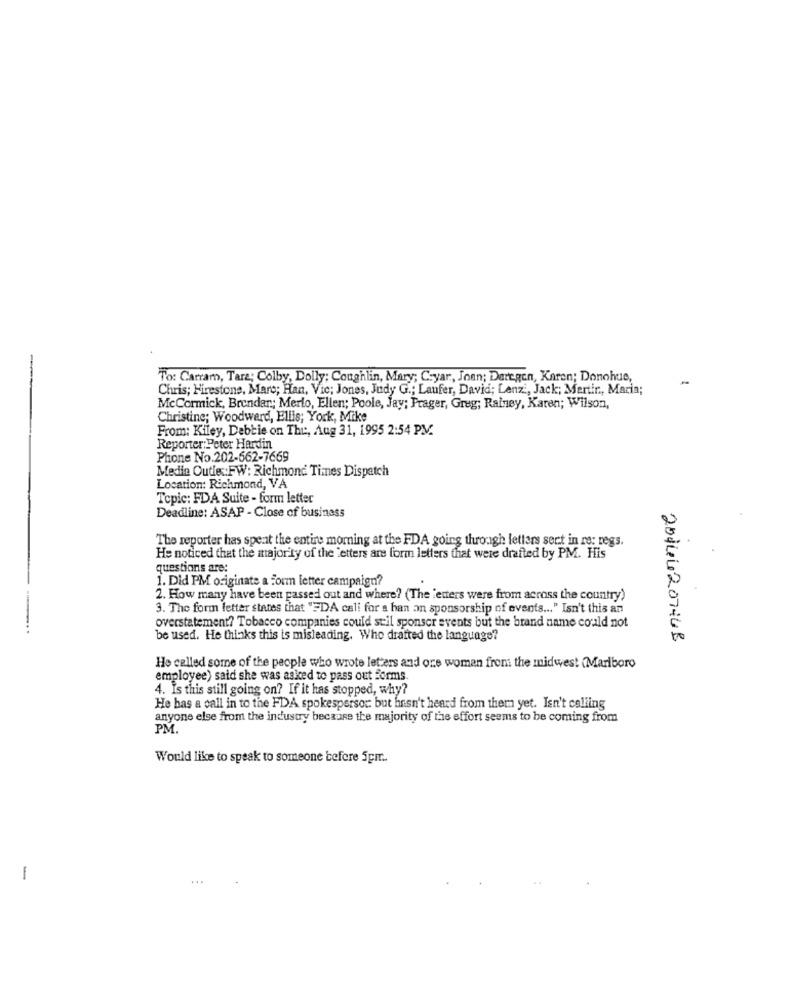
-
To: Carram, Tare; Colby, Dolly: Coughlin, Mary; C:yar, Joan; Daregen, Karen; Donohue,
Chris; Firestone, Mare; Han, Vic; Jones, Judy G .; Laufer, David; Lenzi, Jack; Mertir, Maria;
McCormick, Brendar .; Merlo, Ellen; Poole, Jay; Prager, Greg; Rainey, Karen; Wilson,
Christine; Woodward, Ellis; York, Mike
From: Kiley, Debbie on The, Aug 31, 1995 2:54 PM.
Reporter: Peter Hardin
Phone No.202-662-7669
Medie Outie :: FW: Richmond Times Dispatch
Location: Richmond, VA
Topic: FDA Suite - form letter
Deadline: ASAP - Close of business
The reporter has spent the entire morning at the FDA going through letters sert in re: regs.
He noticed that the majority of the Letters are form letters that were drafted by PM. His
questions are:
1. Did PM originate a form letter campaign?
2. How many have been passed out and where? (The 'etters were from across the country)
3. The form letter states that ""DA cali for a han an sponsorship of events ... " Isn't this an
overstatement? Tobacco companies could stil sponsor events but the brand name could not
--...
be used. He thinks this is misleading. Who drafted the language?
2014420744B
He called some of the people who wrote letters and one woman from the midwest (Marlboro
employee) said she was asked to pass out Forms
4. Is this still going on? If it has stopped, why?
He has a call in to the FDA spokesperson but hasn't heard from them yet. Isn't calling
anyone else from the industry because the majority of the effort seems to be coming from
PM.
Would like to speak to someone before 5pm ..
1